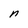
Character: n